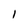
Character: 1